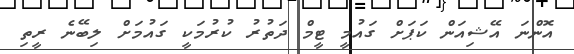
އޮންނަ އޭޝިއަން ކަޕަށް ގައުމީ ޓީމް ދަތުރު ކުރުމަކީ ގައުމަށް ލިބޭނެ ރީތި